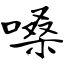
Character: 嗓